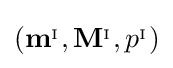
\left(\mathbf {m} ^{_{\mathrm {I} }},\mathbf {M} ^{_{\mathrm {I} }},p^{_{\mathrm {I} }}\right)